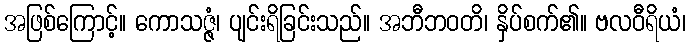
အဖြစ်ကြောင့်။ ကောသဇ္ဇံ၊ ပျင်းရိခြင်းသည်။ အဘီဘဝတိ၊ နှိပ်စက်၏။ ဗလဝီရိယံ၊